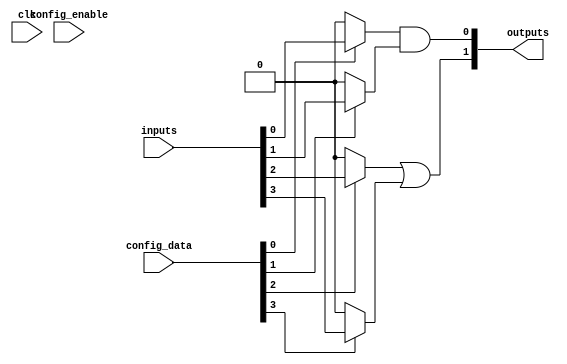
module sram_based_logic_block (
    input wire [N-1:0] inputs,            // N input signals
    input wire [M-1:0] config_data,       // Configuration data for SRAM
    input wire config_enable,              // Enable signal for configuration
    input wire clk,                        // Clock signal
    output wire [P-1:0] outputs            // P output signals
);
    parameter N = 4;                       // Number of inputs
    parameter M = 16;                      // Number of configuration bits
    parameter P = 2;                       // Number of outputs

    // SRAM cell array to store configuration bits
    reg [M-1:0] sram [0:2**N-1];           // SRAM array for configurations
    reg [M-1:0] current_config;            // Current configuration bits

    // Input multiplexers
    wire [N-1:0] selected_inputs;
    generate
        genvar i;
        for (i = 0; i < N; i = i + 1) begin : input_mux
            assign selected_inputs[i] = (config_data[i]) ? inputs[i] : 1'b0; // Simple mux logic
        end
    endgenerate

    // Logic function units (AND, OR, NOT, etc.)
    wire [P-1:0] logic_outputs;
    assign logic_outputs[0] = selected_inputs[0] & selected_inputs[1]; // AND
    assign logic_outputs[1] = selected_inputs[2] | selected_inputs[3]; // OR
    // Add more logic functions as needed based on configuration

    // Output logic (final output multiplexers)
    assign outputs = logic_outputs; // Directly connect for simplicity

    // Control logic for SRAM configuration
    always @(posedge clk) begin
        if (config_enable) begin
            current_config <= config_data; // Load new configuration
        end
    end

    // SRAM write operation (for demonstration purposes)
    always @(posedge clk) begin
        if (config_enable) begin
            sram[current_config] <= config_data; // Write to SRAM
        end
    end

    // Additional logic to read from SRAM and apply configuration can be added here

endmodule